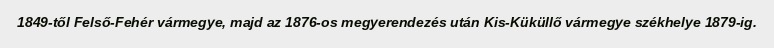
1849-től Felső-Fehér vármegye, majd az 1876-os megyerendezés után Kis-Küküllő vármegye székhelye 1879-ig.